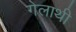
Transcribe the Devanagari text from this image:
गेलाथी